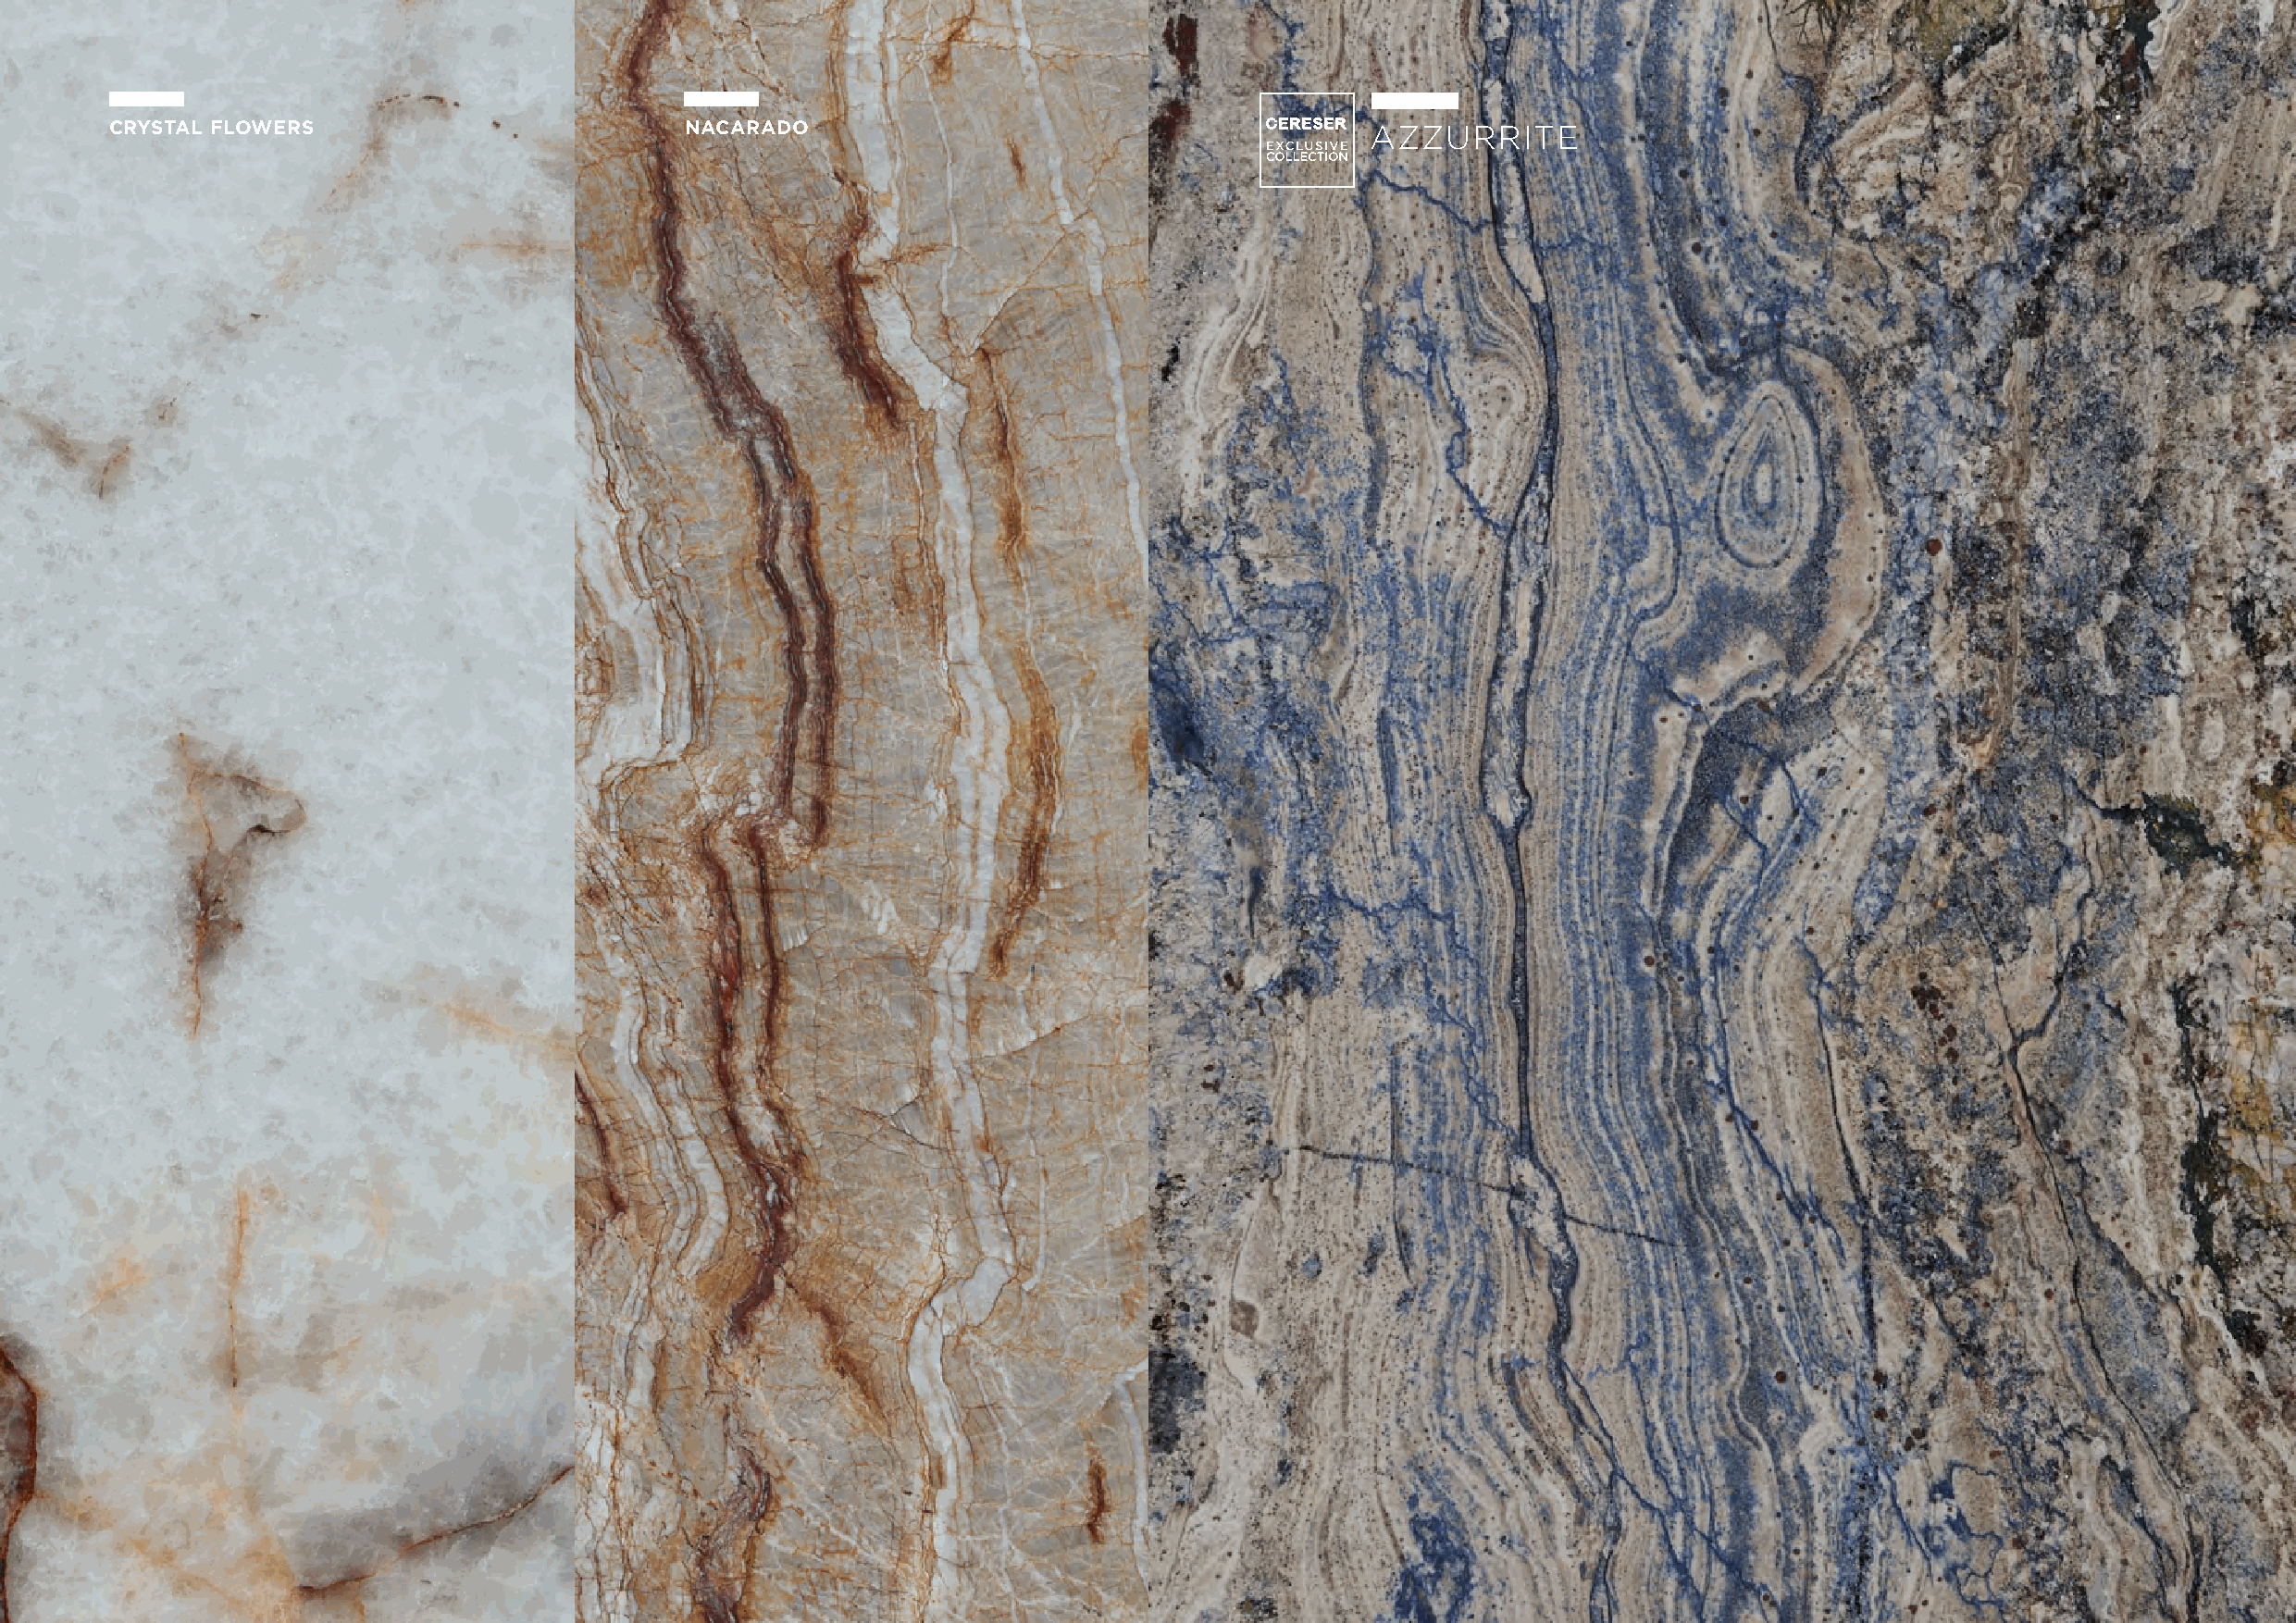
CRYSTAL FLOWERS                          NACARADO                                         AZZURRITE